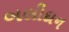
બલીદાન